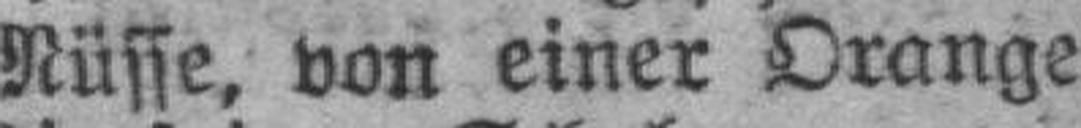
Nüsse, von einer Orange